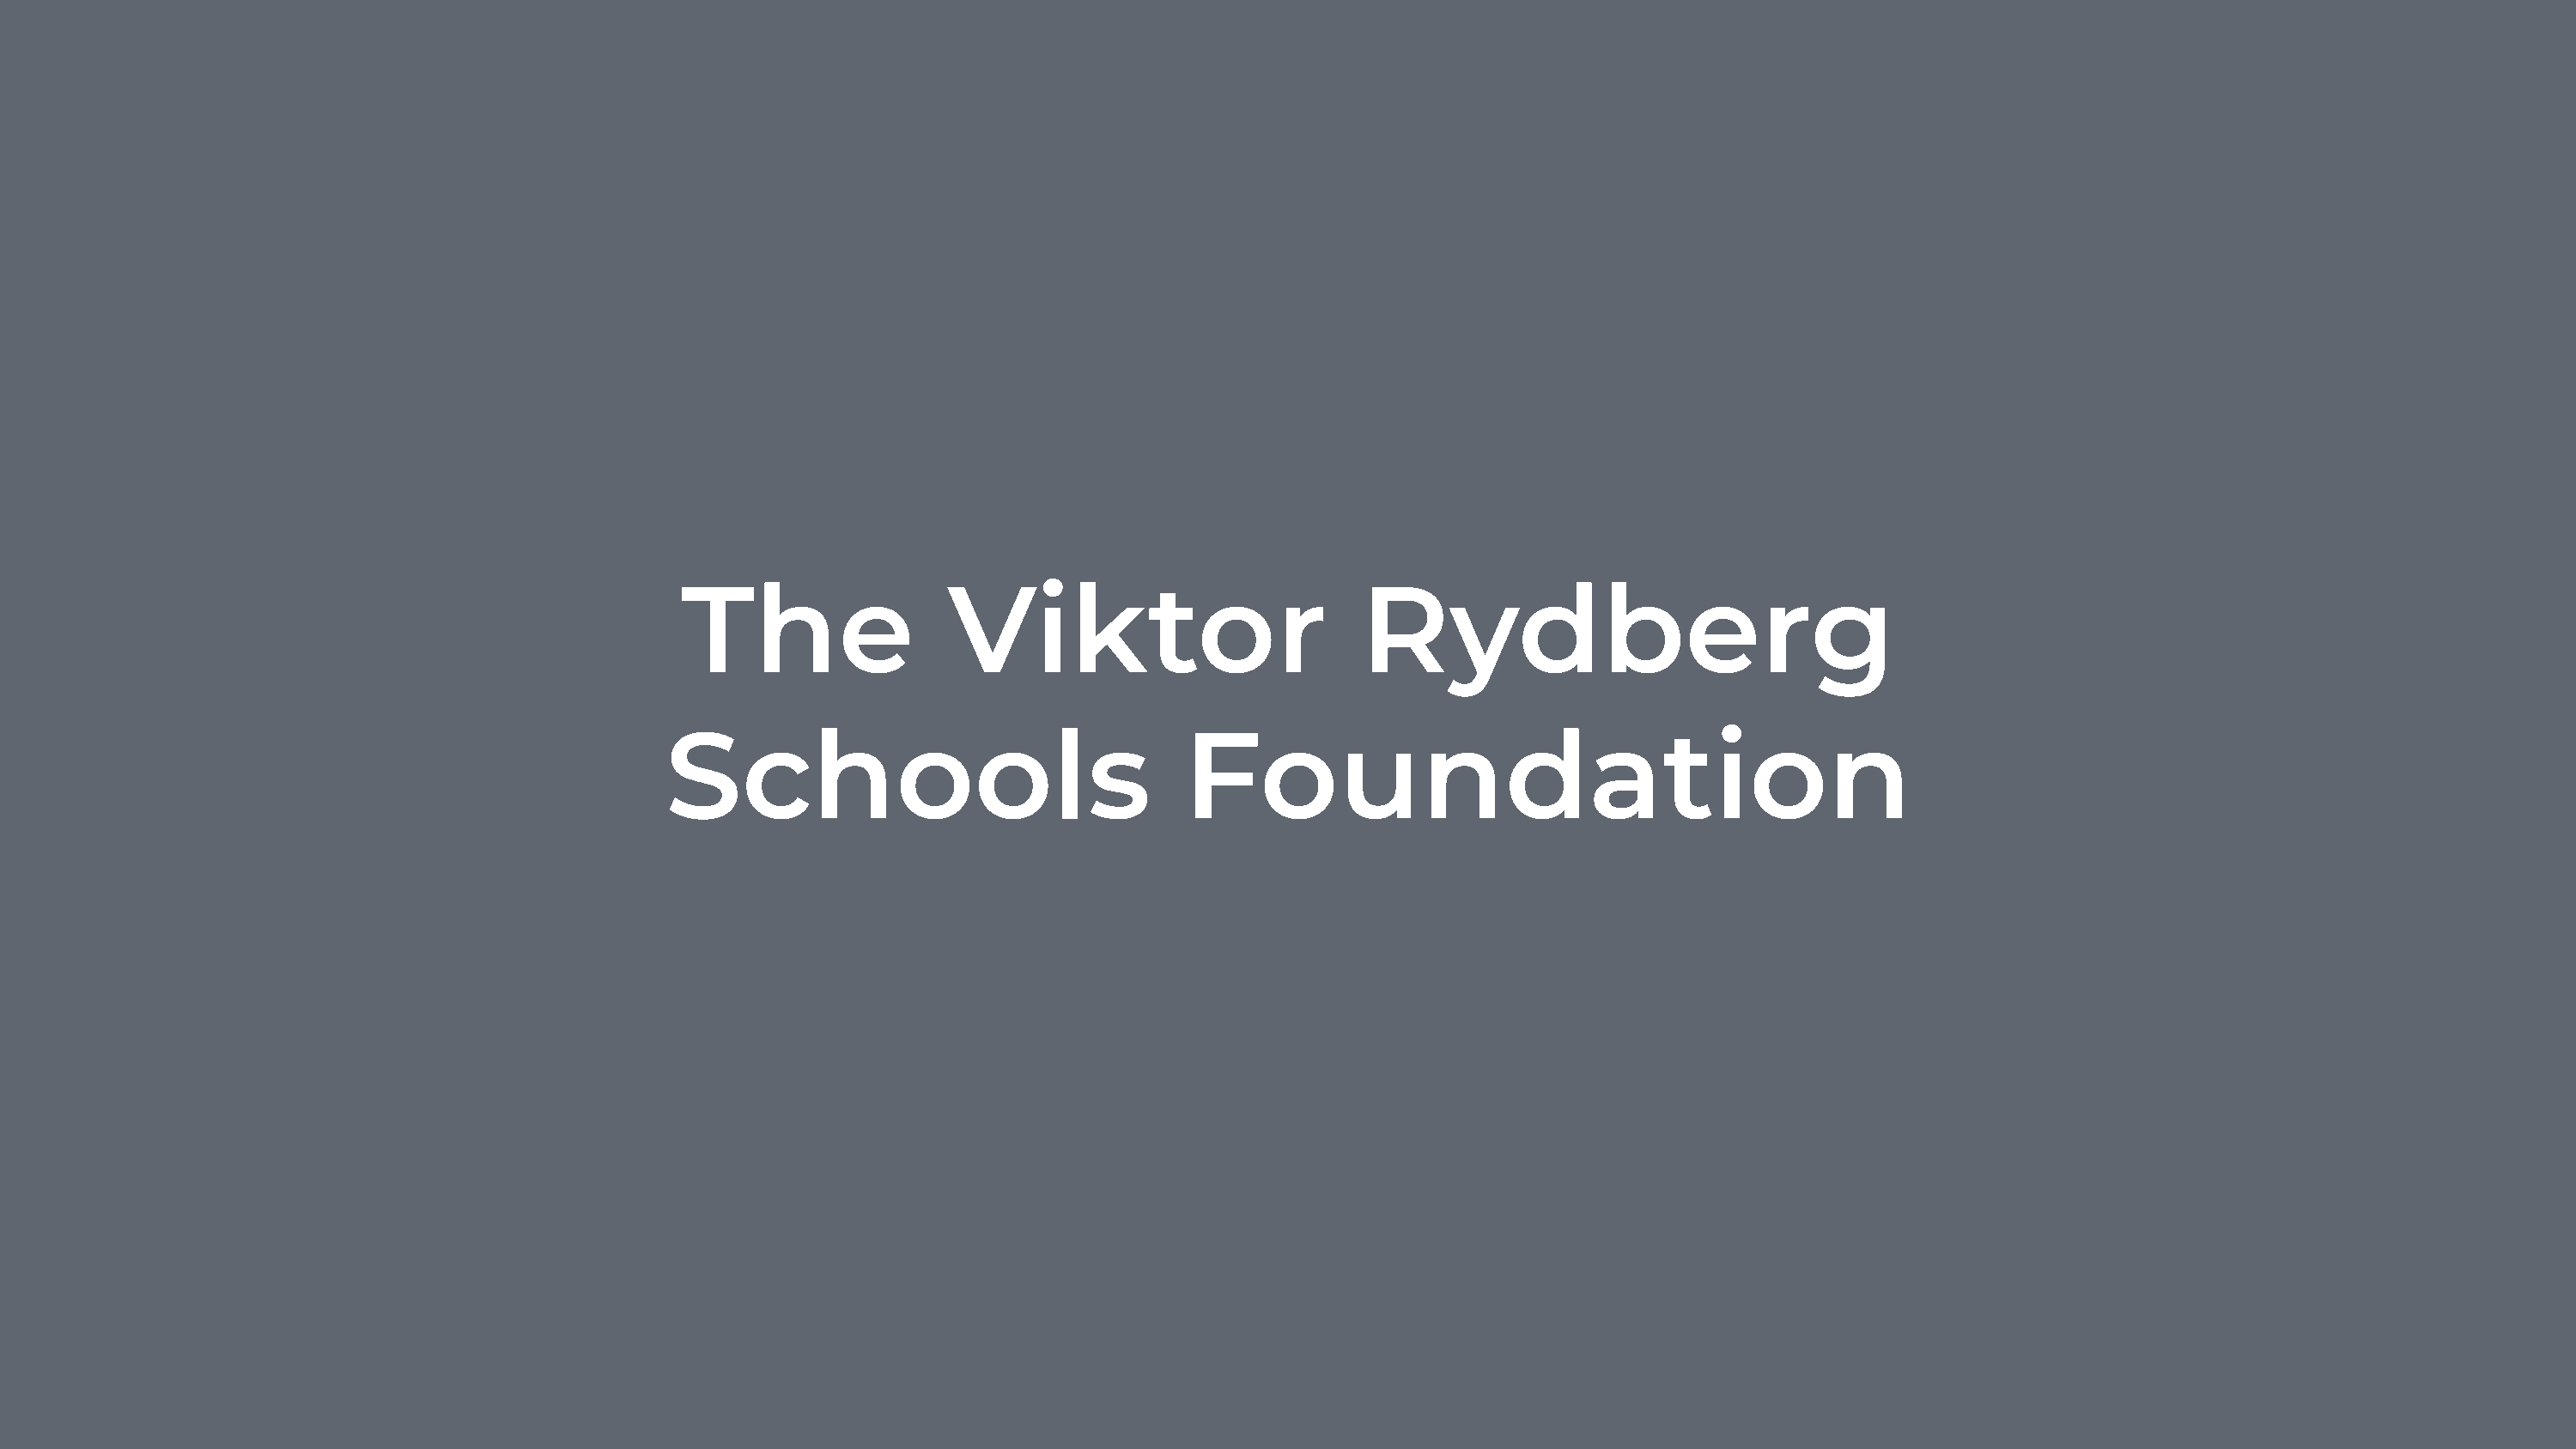
The                 Viktor                          Rydberg
 Schools                                 Foundation